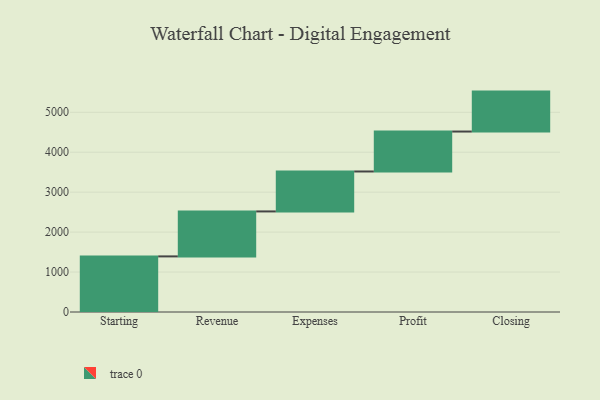
{"axis": {"x": "Step", "y": "Value"}, "legend": [""], "data": [{"x": "Starting", "y": 1392.0, "type": ""}, {"x": "Revenue", "y": 1126.0, "type": ""}, {"x": "Expenses", "y": 1000, "type": ""}, {"x": "Profit", "y": 1000, "type": ""}, {"x": "Closing", "y": 1000, "type": ""}]}